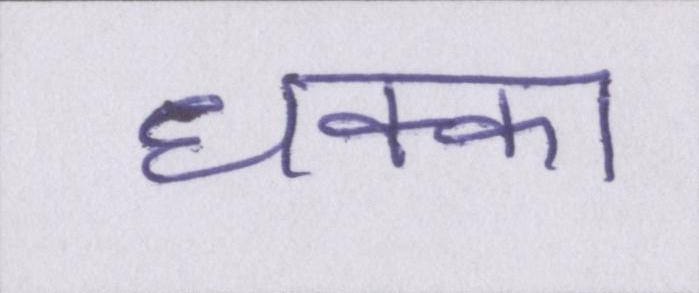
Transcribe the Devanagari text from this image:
धक्का